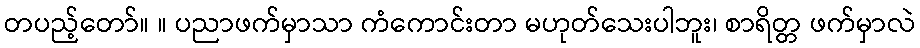
တပည့်တော်။ ။ ပညာဖက်မှာသာ ကံကောင်းတာ မဟုတ်သေးပါဘူး၊ စာရိတ္တ ဖက်မှာလဲ